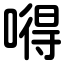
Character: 嘚